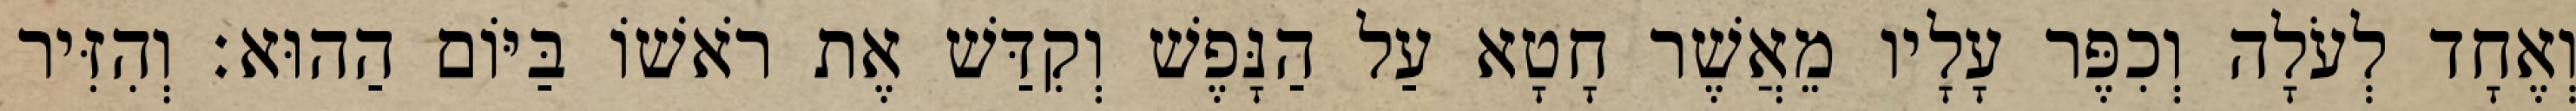
וְאֶחָד לְעֹלָה וְכִפֶּר עָלָיו מֵאֲשֶׁר חָטָא עַל הַנָּפֶשׁ וְקִדַּשׁ אֶת רֹאשׁוֹ בַּיּוֹם הַהוּא׃ וְהִזִּיר